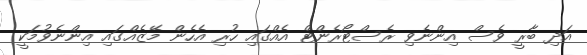
އަދި ބާރީ ވެސް އިންނެވި ރެސްޓޯރެންޓް އެއްގައި ހުރި އެހެން މޭޒެއްގައި އިންނެވުމަކީ